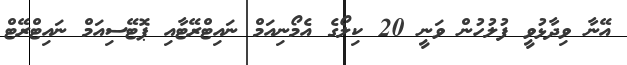
އޭނާ ވިދާޅުވީ ފުލުހުން ވަނީ 20 ކިލޯގެ އެމޯނިއަމް ނައިޓްރޭޓާއި ޕޮޓޭސިއަމް ނައިޓްރޭޓް